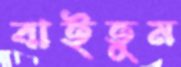
বাইতুম